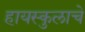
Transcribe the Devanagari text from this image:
हायस्कुलाचे